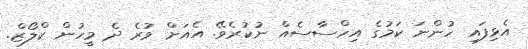
އެޅިފައި ހުންނަ ކަމުގެ އިހްސާސެއް ނުކުރެވޭ. އެއަށް ވުރެ ދެ މީހުން ކްލޯޒް.